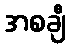
အစချီ